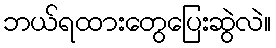
ဘယ်ရထားတွေပြေးဆွဲလဲ။